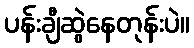
ပန်းချီဆွဲနေတုန်းပဲ။